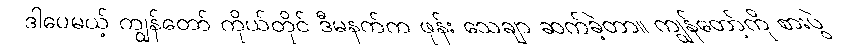
ဒါပေမယ့် ကျွန်တော် ကိုယ်တိုင် ဒီမနက်က ဖုန်း သေချာ ဆက်ခဲ့တာ။ ကျွန်တော့်ကို စားပွဲ